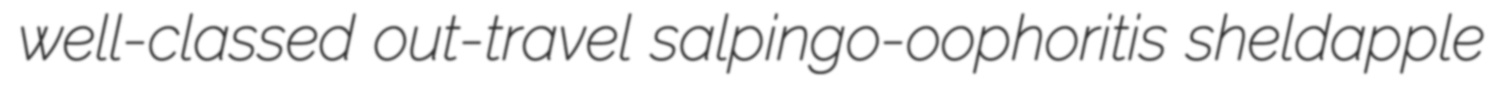
well-classed out-travel salpingo-oophoritis sheldapple